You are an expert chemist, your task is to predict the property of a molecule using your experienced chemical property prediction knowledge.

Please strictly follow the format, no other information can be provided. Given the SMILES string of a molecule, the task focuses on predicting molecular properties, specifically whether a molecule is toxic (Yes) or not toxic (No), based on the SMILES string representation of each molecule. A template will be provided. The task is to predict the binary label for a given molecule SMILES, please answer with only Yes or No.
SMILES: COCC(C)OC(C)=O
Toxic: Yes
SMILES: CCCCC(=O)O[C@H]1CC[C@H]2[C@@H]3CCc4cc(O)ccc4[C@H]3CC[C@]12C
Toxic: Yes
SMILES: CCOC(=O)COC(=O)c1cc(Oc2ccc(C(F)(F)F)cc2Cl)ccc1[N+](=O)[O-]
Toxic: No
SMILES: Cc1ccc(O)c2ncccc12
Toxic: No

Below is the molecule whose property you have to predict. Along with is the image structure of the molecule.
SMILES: CCC(C)(CCC(C)C)C(=O)[O-].CCC(C)(CCC(C)C)C(=O)[O-]
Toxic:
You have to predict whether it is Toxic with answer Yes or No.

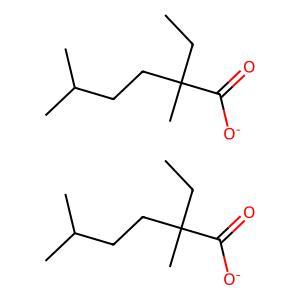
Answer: No